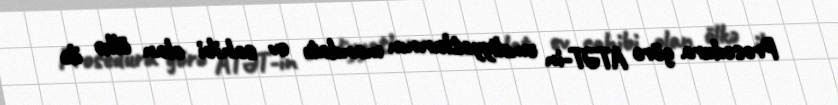
Prosedura görə ATƏT-in əməliyyatlarının mandatı ev sahibi olan ölkə ilə